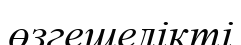
өзгешелікті